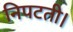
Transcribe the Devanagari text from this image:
निपटती।